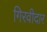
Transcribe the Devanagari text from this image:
गिरवीदार